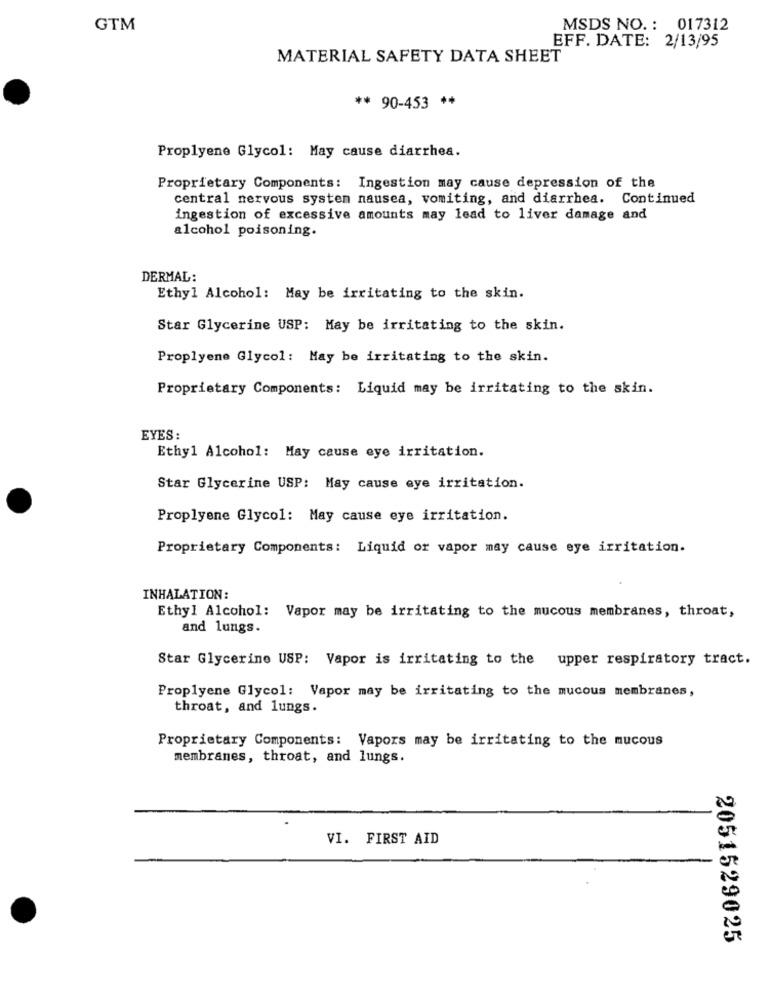
GTM
MSDS NO. : 017312
EFF. DATE: 2/13/95
MATERIAL SAFETY DATA SHEET
** 90-453 **
Proplyene Glycol: May cause diarrhea.
Proprietary Components: Ingestion may cause depression of the
central nervous system nausea, vomiting, and diarrhea. Continued
ingestion of excessive amounts may lead to liver damage and
alcohol poisoning.
DERMAL:
Ethyl Alcohol: May be irritating to the skin.
Star Glycerine USP: May be irritating to the skin.
Proplyene Glycol: May be irritating to the skin.
Proprietary Components: Liquid may be irritating to the skin.
EYES:
Ethyl Alcohol: May cause eye irritation.
Star Glycerine USP: May cause eye irritation.
Proplyene Glycol: May cause eye irritation.
Proprietary Components: Liquid or vapor may cause eye irritation.
INHALATION:
Ethyl Alcohol: Vapor may be irritating to the mucous membranes, throat,
and lungs.
Star Glycerine USP: Vapor is irritating to the upper respiratory tract.
Proplyene Glycol: Vapor may be irritating to the mucous membranes,
throat, and lungs.
Proprietary Components: Vapors may be irritating to the mucous
membranes, throat, and lungs.
VI. FIRST AID
2051529025